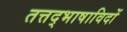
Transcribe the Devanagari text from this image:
तत्तद्भाषाविदों